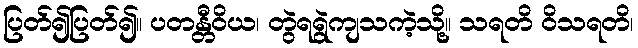
ပြတ်၍ပြတ်၍။ ပတန္တီဝိယ၊ တွဲရရွဲကျသကဲ့သို့။ သရတိ ဝိသရတိ၊